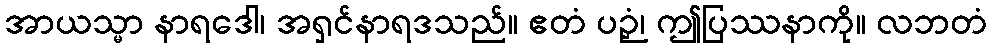
အာယသ္မာ နာရဒေါ၊ အရှင်နာရဒသည်။ ဧတံ ပဉှံ၊ ဤပြဿနာကို။ လဘတံ